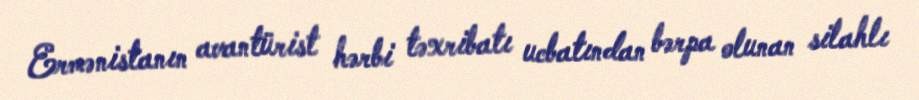
Ermənistanın avantürist hərbi təxribatı ucbatından bərpa olunan silahlı